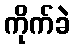
ကိုက်ခဲ